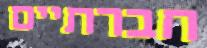
חברתיים